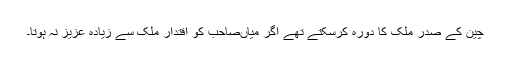
چین کے صدر ملک کا دورہ کرسکتے تھے اگر میاںصاحب کو اقتدار ملک سے زیادہ عزیز نہ ہوتا۔